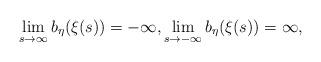
LaTeX: \begin{align*} \lim_{s\to \infty}b_\eta(\xi(s))=-\infty, \lim_{s\to -\infty}b_\eta(\xi(s))=\infty, \end{align*}